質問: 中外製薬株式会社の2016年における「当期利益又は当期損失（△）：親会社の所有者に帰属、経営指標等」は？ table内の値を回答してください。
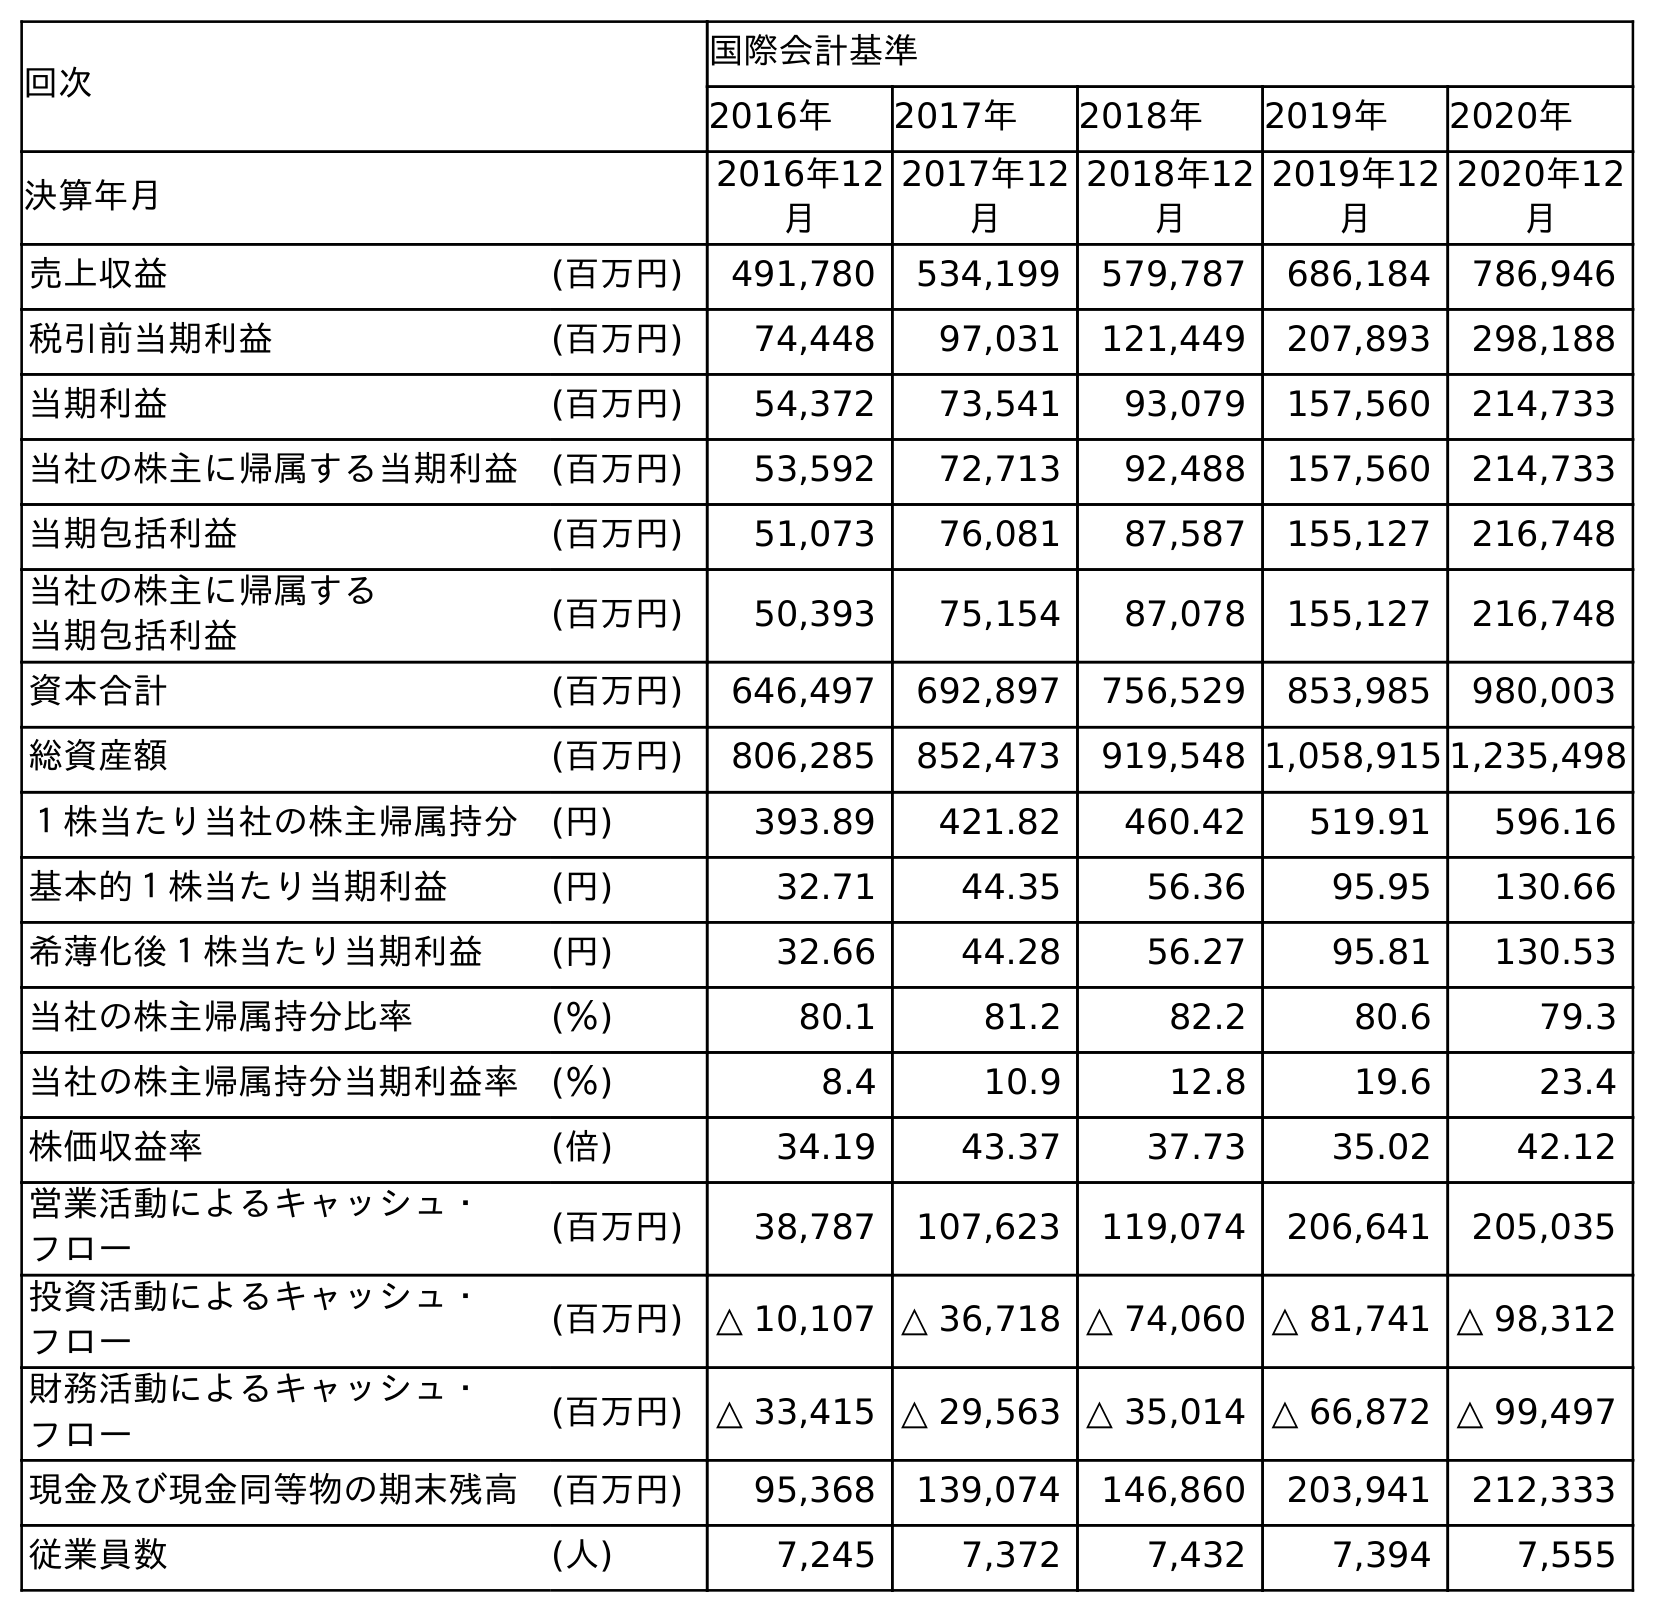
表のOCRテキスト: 回次 国際会計基準 2016年 2017年 2018年 2019年 2020年 決算年月 2016年12 月 2017年12 月 2018年12 月 2019年12 月 2020年12 月 売上収益 (百万円) 491,780 534,199 579,787 686,184 786,946 税引前当期利益 (百万円) 74,448 97,031 121,449 207,893 298,188 当期利益 (百万円) 54,372 73,541 93,079 157,560 214,733 当社の株主に帰属する当期利益 (百万円) 53,592 72,713 92,488 157,560 214,733 当期包括利益 (百万円) 51,073 76,081 87,587 155,127 216,748 当社の株主に帰属する 当期包括利益 (百万円) 50,393 75,154 87,078 155,127 216,748 資本合計 (百万円) 646,497 692,897 756,529 853,985 980,003 総資産額 (百万円) 806,285 852,473 919,548 1,058,915 1,235,498 １株当たり当社の株主帰属持分 (円) 393.89 421.82 460.42 519.91 596.16 基本的１株当たり当期利益 (円) 32.71 44.35 56.36 95.95 130.66 希薄化後１株当たり当期利益 (円) 32.66 44.28 56.27 95.81 130.53 当社の株主帰属持分比率 (％) 80.1 81.2 82.2 80.6 79.3 当社の株主帰属持分当期利益率 (％) 8.4 10.9 12.8 19.6 23.4 株価収益率 (倍) 34.19 43.37 37.73 35.02 42.12 営業活動によるキャッシュ・ フロー (百万円) 38,787 107,623 119,074 206,641 205,035 投資活動によるキャッシュ・ フロー (百万円) △ 10,107 △ 36,718 △ 74,060 △ 81,741 △ 98,312 財務活動によるキャッシュ・ フロー (百万円) △ 33,415 △ 29,563 △ 35,014 △ 66,872 △ 99,497 現金及び現金同等物の期末残高 (百万円) 95,368 139,074 146,860 203,941 212,333 従業員数 (人) 7,245 7,372 7,432 7,394 7,555
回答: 53,592